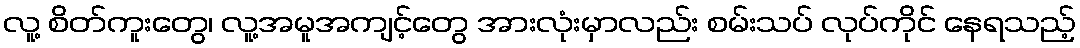
လူ့ စိတ်ကူးတွေ၊ လူ့အမူအကျင့်တွေ အားလုံးမှာလည်း စမ်းသပ် လုပ်ကိုင် နေရသည့်